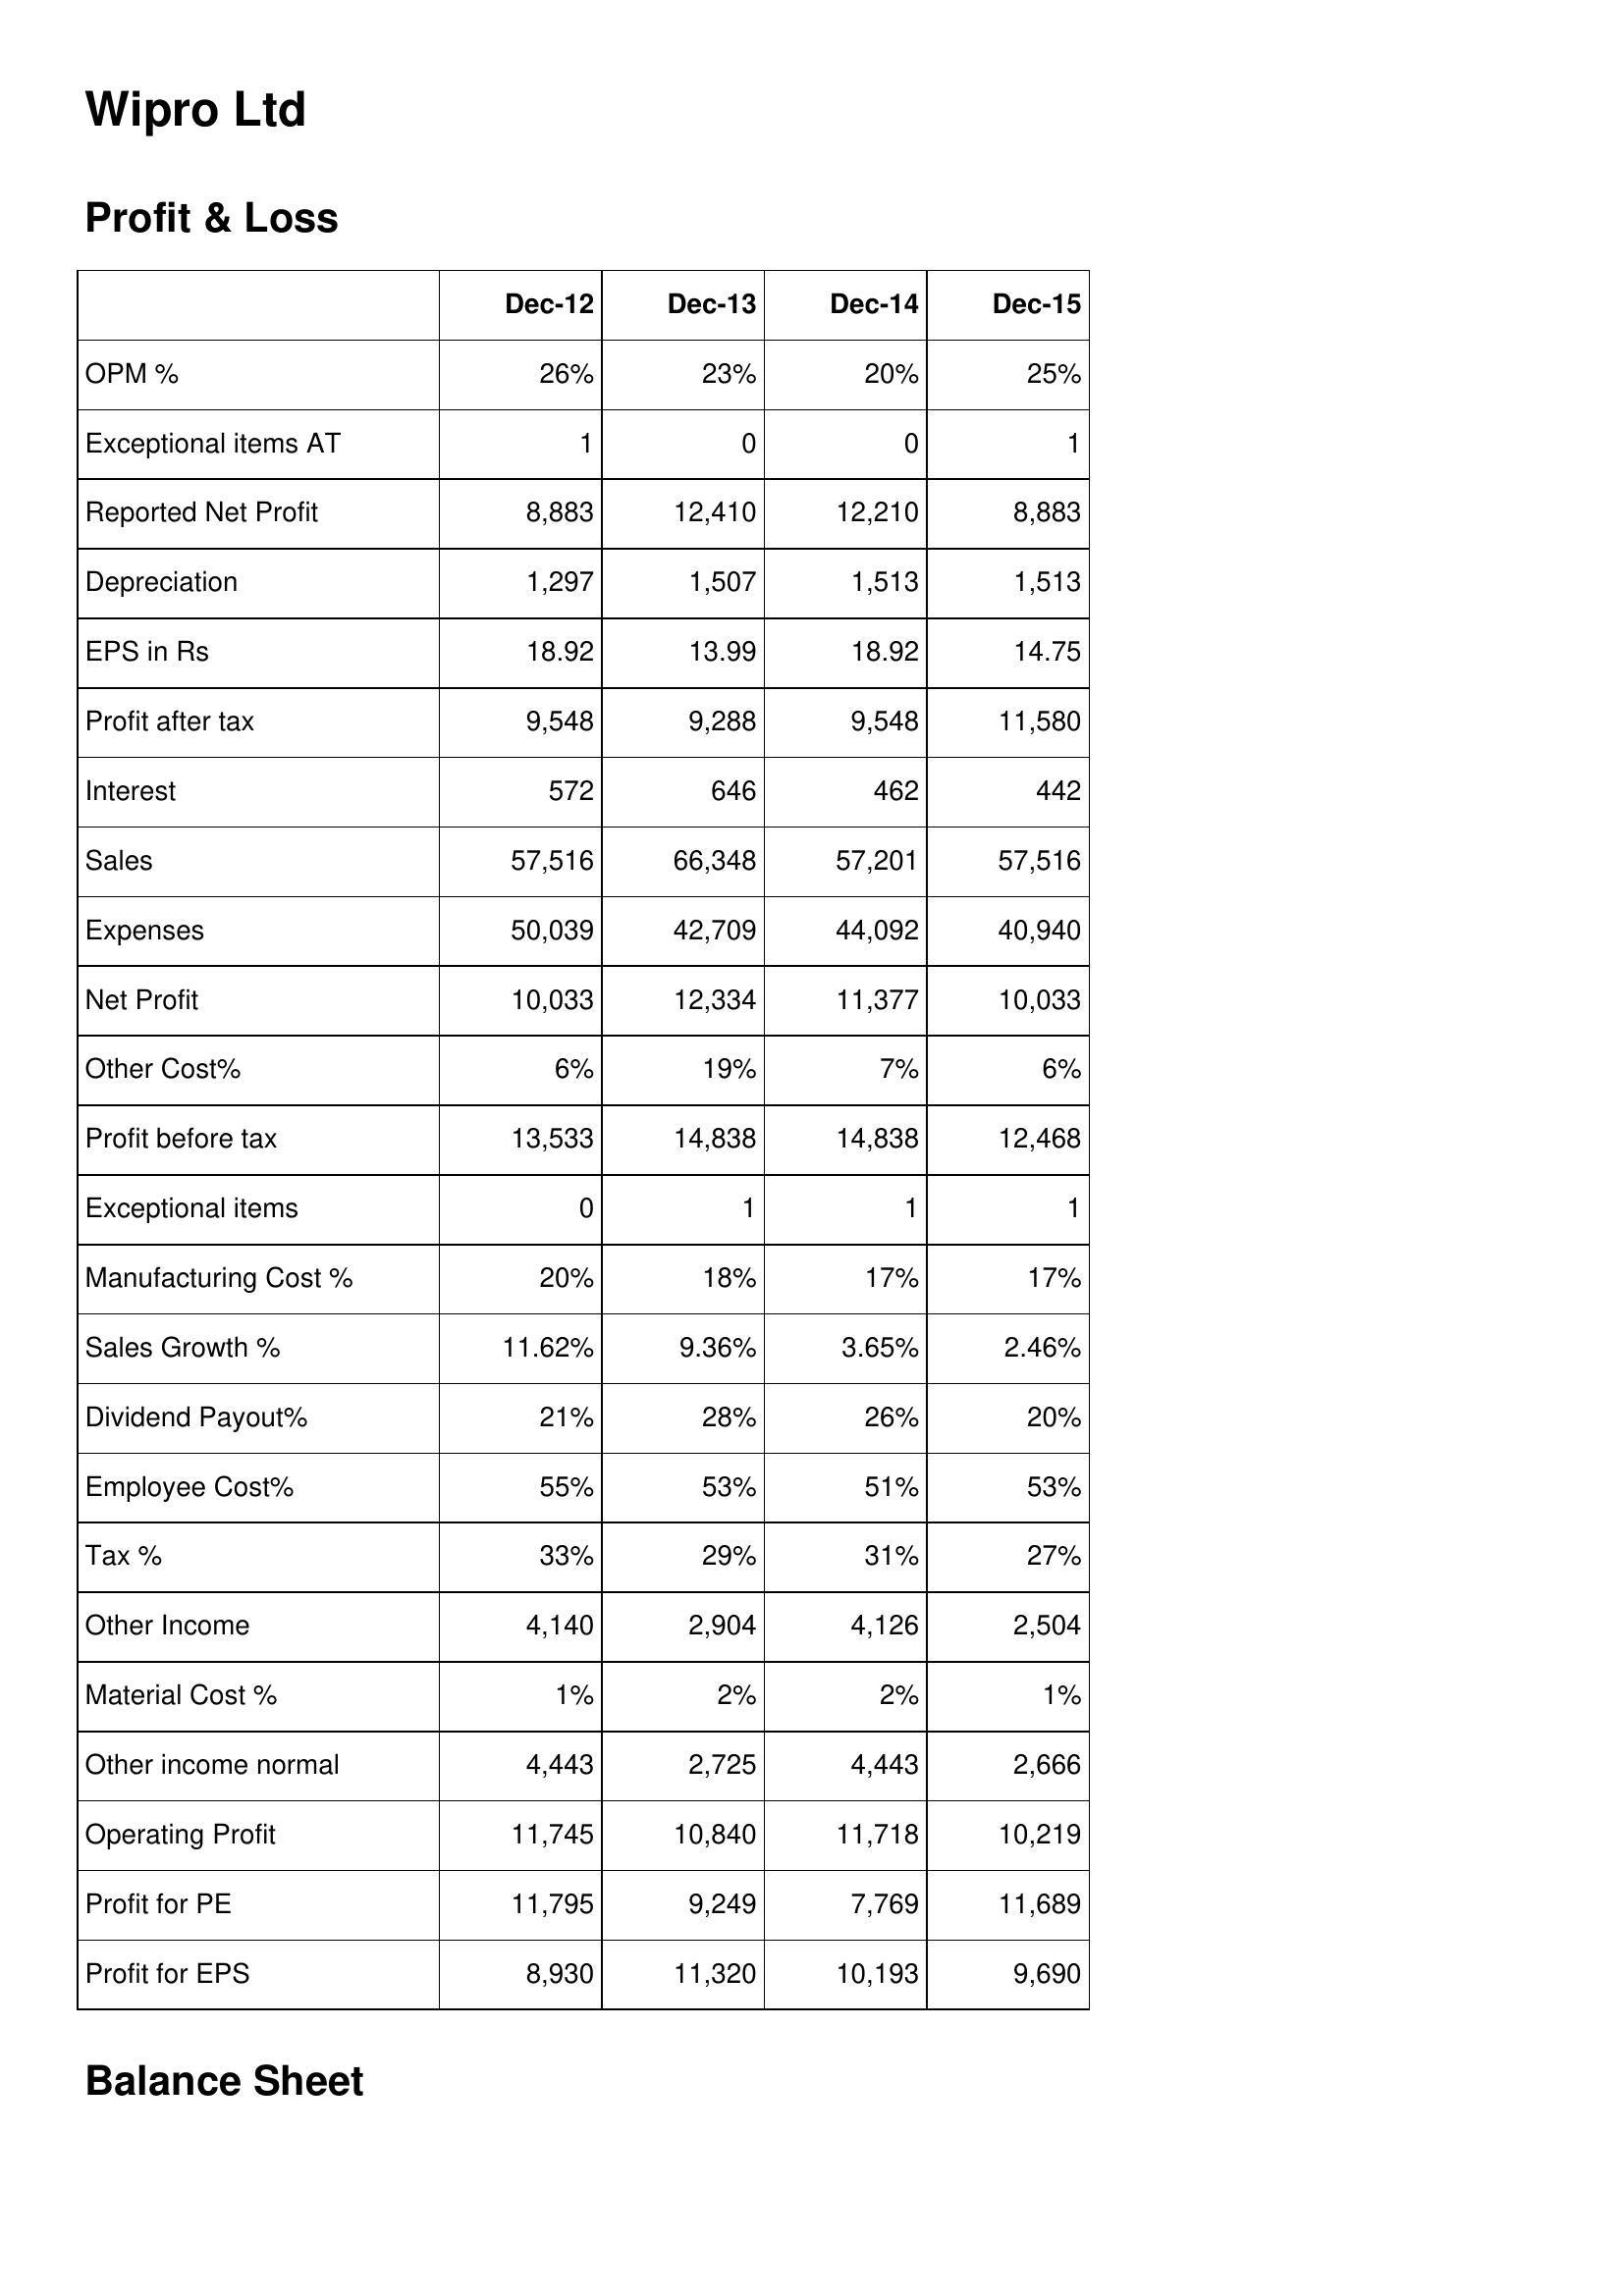
Dec-12: Profit & Loss: OPM %: 26%
Exceptional items AT: 1
Reported Net Profit: 8,883
Depreciation: 1,297
EPS in Rs: 18.92
Profit after tax: 9,548
Interest: 572
Sales: 57,516
Expenses: 50,039
Net Profit: 10,033
Other Cost%: 6%
Profit before tax: 13,533
Exceptional items: 0
Manufacturing Cost %: 20%
Sales Growth %: 11.62%
Dividend Payout%: 21%
Employee Cost%: 55%
Tax %: 33%
Other Income: 4,140
Material Cost %: 1%
Other income normal: 4,443
Operating Profit: 11,745
Profit for PE: 11,795
Profit for EPS: 8,930
Dec-13: Profit & Loss: OPM %: 23%
Exceptional items AT: 0
Reported Net Profit: 12,410
Depreciation: 1,507
EPS in Rs: 13.99
Profit after tax: 9,288
Interest: 646
Sales: 66,348
Expenses: 42,709
Net Profit: 12,334
Other Cost%: 19%
Profit before tax: 14,838
Exceptional items: 1
Manufacturing Cost %: 18%
Sales Growth %: 9.36%
Dividend Payout%: 28%
Employee Cost%: 53%
Tax %: 29%
Other Income: 2,904
Material Cost %: 2%
Other income normal: 2,725
Operating Profit: 10,840
Profit for PE: 9,249
Profit for EPS: 11,320
Dec-14: Profit & Loss: OPM %: 20%
Exceptional items AT: 0
Reported Net Profit: 12,210
Depreciation: 1,513
EPS in Rs: 18.92
Profit after tax: 9,548
Interest: 462
Sales: 57,201
Expenses: 44,092
Net Profit: 11,377
Other Cost%: 7%
Profit before tax: 14,838
Exceptional items: 1
Manufacturing Cost %: 17%
Sales Growth %: 3.65%
Dividend Payout%: 26%
Employee Cost%: 51%
Tax %: 31%
Other Income: 4,126
Material Cost %: 2%
Other income normal: 4,443
Operating Profit: 11,718
Profit for PE: 7,769
Profit for EPS: 10,193
Dec-15: Profit & Loss: OPM %: 25%
Exceptional items AT: 1
Reported Net Profit: 8,883
Depreciation: 1,513
EPS in Rs: 14.75
Profit after tax: 11,580
Interest: 442
Sales: 57,516
Expenses: 40,940
Net Profit: 10,033
Other Cost%: 6%
Profit before tax: 12,468
Exceptional items: 1
Manufacturing Cost %: 17%
Sales Growth %: 2.46%
Dividend Payout%: 20%
Employee Cost%: 53%
Tax %: 27%
Other Income: 2,504
Material Cost %: 1%
Other income normal: 2,666
Operating Profit: 10,219
Profit for PE: 11,689
Profit for EPS: 9,690